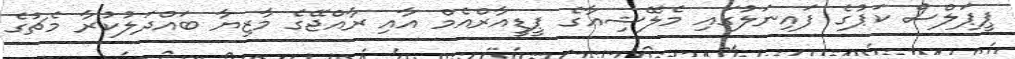
ޕީޕަލްސް ކަޕުގެ ފައިނަލުގައި މެލޭޝިއާގެ ޕީޑީއާރްއެމް އާއި ރާއްޖޭގެ މާޒިޔާ ބަައްދަލުކުރާ މެޗުގެ